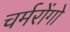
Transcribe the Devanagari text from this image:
चर्मरोंगो